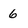
Character: 6